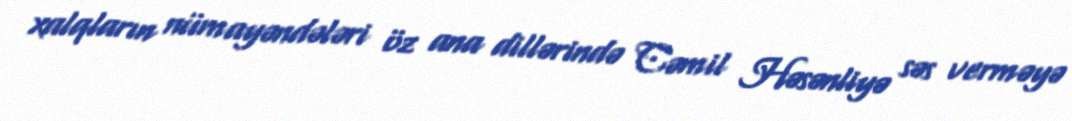
xalqların nümayəndələri öz ana dillərində Cəmil Həsənliyə səs verməyə